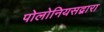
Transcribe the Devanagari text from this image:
पोलोनियसद्वारा